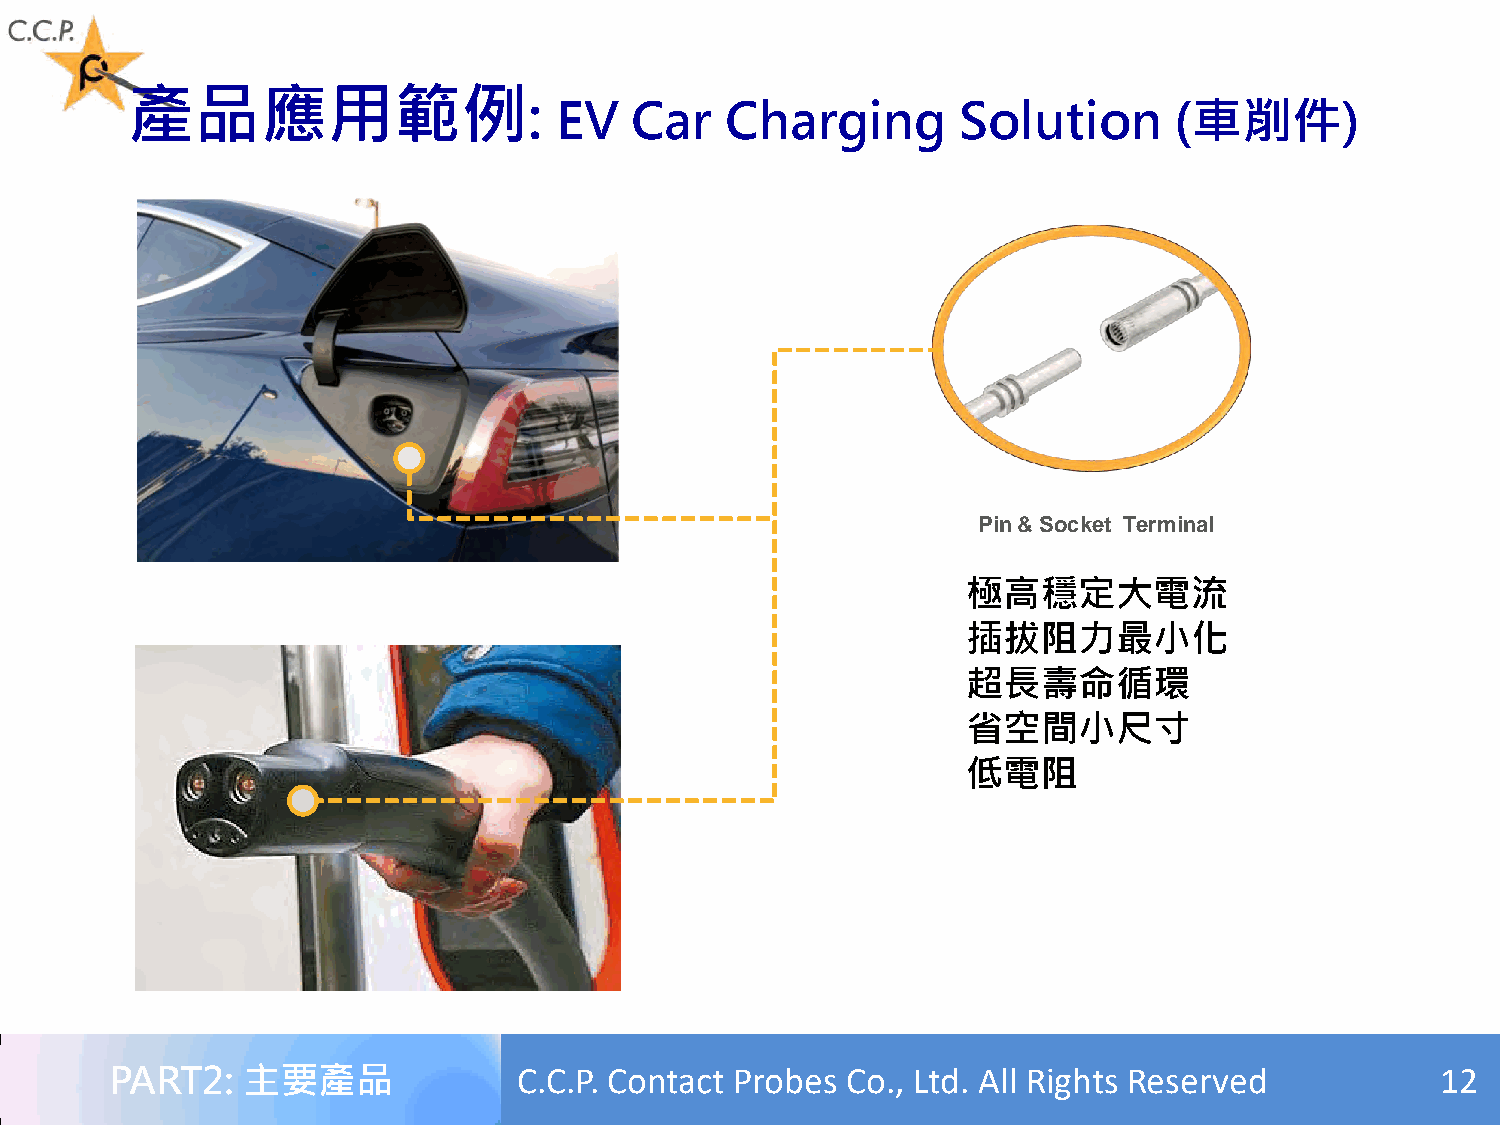
產品應用範例
 :
 EV   Car   Charging       Solution       (車削件)
 Pin & Socket Terminal
 極高穩定大電流
 插拔阻力最小化
 超長壽命循環
 省空間小尺寸
 低電阻
 PART2:   主要產品              C.C.P. Contact Probes Co., Ltd. All Rights Reserved          12